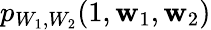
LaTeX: p_{W_{1},W_{2}}(1,\mathbf{w}_{1},\mathbf{w}_{2})